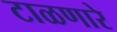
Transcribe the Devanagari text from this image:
टाळणारे